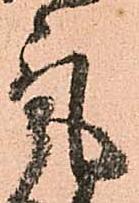
気